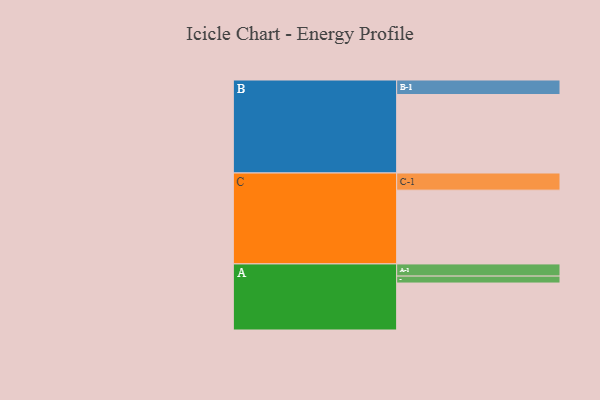
{"axis": {"x": "Segment", "y": "Value"}, "legend": ["", "A", "B", "C"], "data": [{"x": "A", "y": 359, "type": ""}, {"x": "B", "y": 600, "type": ""}, {"x": "C", "y": 564, "type": ""}, {"x": "A-1", "y": 93, "type": "A"}, {"x": "A-2", "y": 53, "type": "A"}, {"x": "B-1", "y": 111, "type": "B"}, {"x": "C-1", "y": 131, "type": "C"}]}